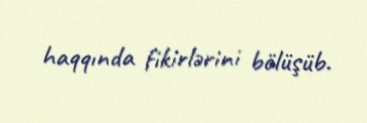
haqqında fikirlərini bölüşüb.